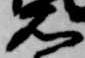
右